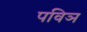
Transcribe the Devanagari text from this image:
पविञ